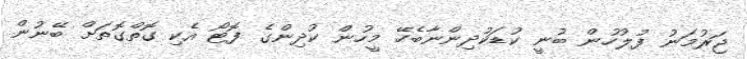
ޖަރުމަނު ފުލުހުން ބުނީ ކުޑަކުދިންނާބެހޭ މީހުން ކުދިންގެ ފޮޓޯ އެކި ގޮތްގޮތަށް ބޭނުން